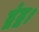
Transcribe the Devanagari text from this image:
द्वंद्व।